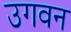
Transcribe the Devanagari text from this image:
उगवन